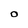
Character: O